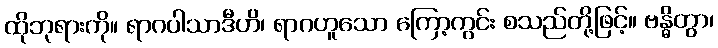
ထိုဘုရားကို။ ရာဂပါသာဒီဟိ၊ ရာဂဟူသော ကြော့ကွင်း စသည်တို့ဖြင့်။ ဗန္ဓိတွာ၊